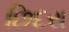
છિદરા